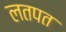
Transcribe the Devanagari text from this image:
लतपत